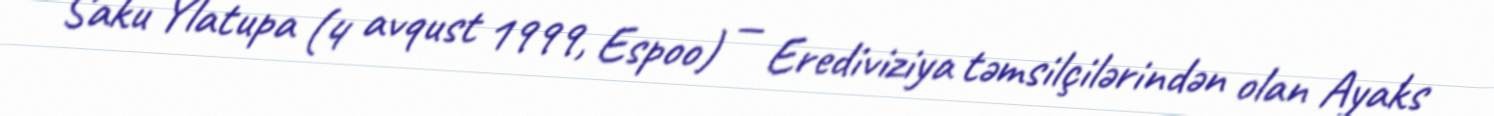
Saku Ylatupa (4 avqust 1999, Espoo) — Erediviziya təmsilçilərindən olan Ayaks